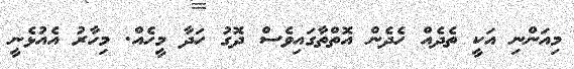
މިއަންނި އަކީ ތެދެއް ހެދެން އޮތްތާގައިވެސް ދޮގު ހަދާ މީހެއް. މިހާރު އެއުޅެނީ